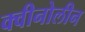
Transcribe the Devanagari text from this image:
क्वीनोलीन